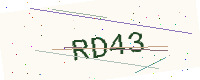
Text: RD43